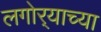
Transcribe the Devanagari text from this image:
लगोर्‍याच्या